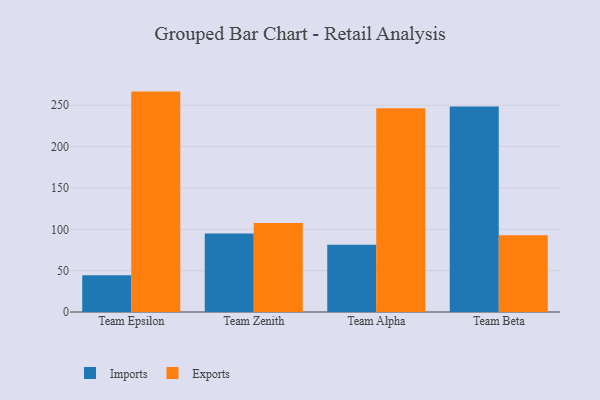
{"axis": {"x": "Team", "y": "Website Visitors"}, "legend": ["Exports", "Imports"], "data": [{"x": "Team Epsilon", "y": 44.4, "type": "Imports"}, {"x": "Team Epsilon", "y": 266.5, "type": "Exports"}, {"x": "Team Zenith", "y": 94.8, "type": "Imports"}, {"x": "Team Zenith", "y": 107.7, "type": "Exports"}, {"x": "Team Alpha", "y": 81.3, "type": "Imports"}, {"x": "Team Alpha", "y": 246.5, "type": "Exports"}, {"x": "Team Beta", "y": 248.5, "type": "Imports"}, {"x": "Team Beta", "y": 92.7, "type": "Exports"}]}